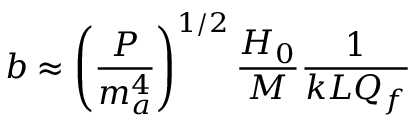
b \approx \left( \frac { P } { m _ { a } ^ { 4 } } \right) ^ { 1 / 2 } \frac { H _ { 0 } } { M } \frac { 1 } { k L Q _ { f } }